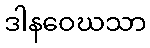
ဒါနဝေဃသာ